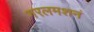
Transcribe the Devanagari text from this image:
गरलमशनं